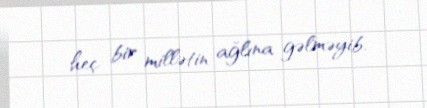
heç bir millətin ağlına gəlməyib.